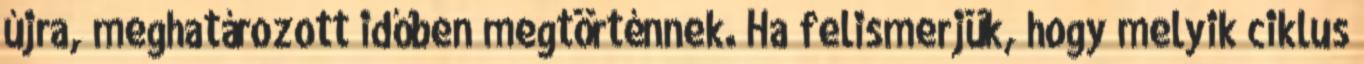
újra, meghatározott időben megtörténnek. Ha felismerjük, hogy melyik ciklus